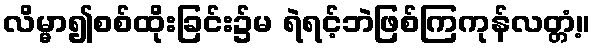
လိမ္မာ၍စစ်ထိုးခြင်း၌မ ရဲရင့်ဘဲဖြစ်ကြကုန်လတ္တံ့။